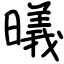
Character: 㬢